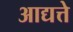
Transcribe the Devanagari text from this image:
आद्यत्ते